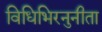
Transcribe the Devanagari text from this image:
विधिभिरनुनीता